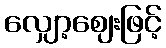
လျှော့ဈေးဖြင့်